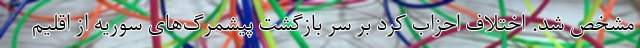
مشخص شد. اختلاف احزاب کرد بر سر بازگشت پیشمرگ‌های سوریه از اقلیم